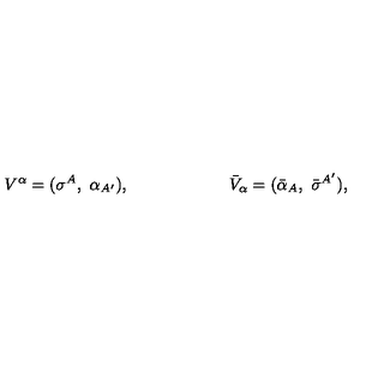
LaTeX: V ^ { \alpha } = ( \sigma ^ { A } , \ \alpha _ { A ^ { \prime } } ) , \qquad \qquad \qquad { \bar { V } } _ { \alpha } = ( { \bar { \alpha } _ { A } } , \ { \bar { \sigma } } ^ { A ^ { \prime } } ) ,